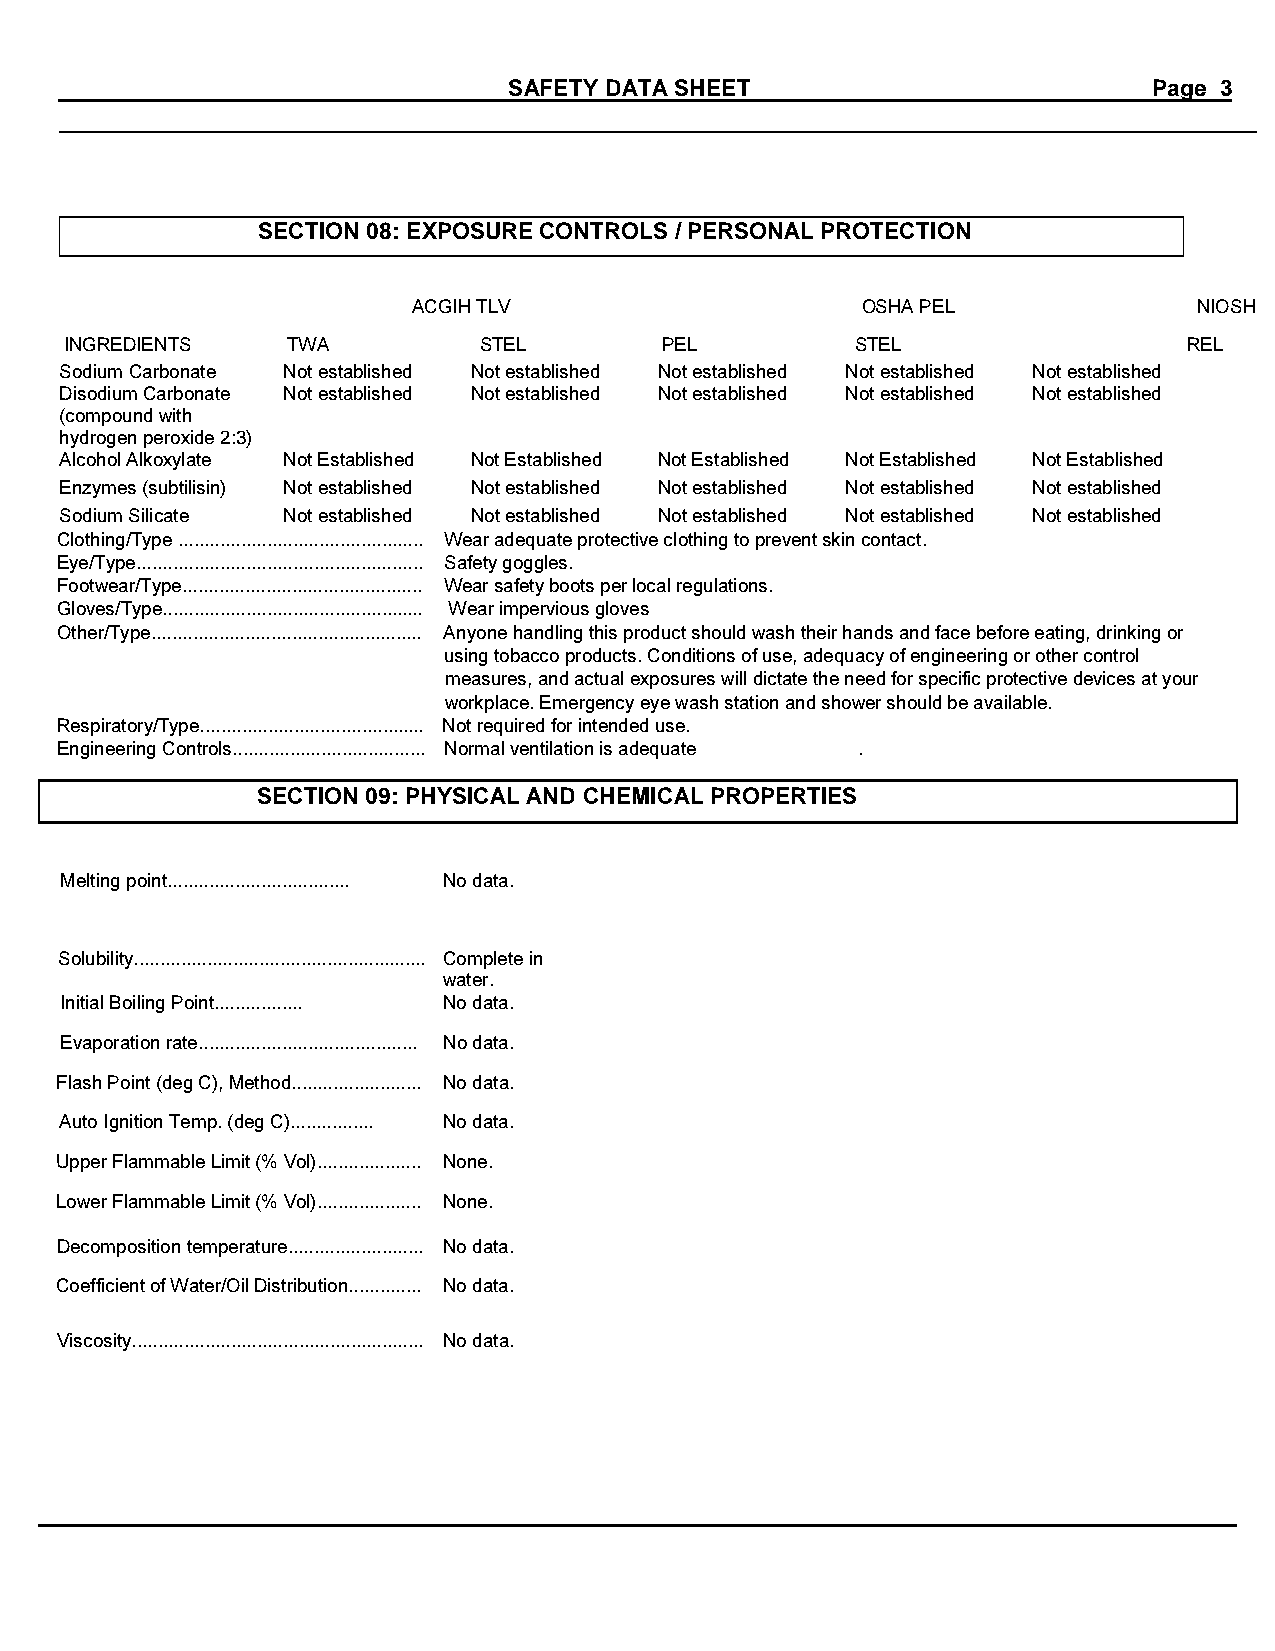
SAFETY DATA SHEET                         Page 3
 SECTION 08: EXPOSURE CONTROLS / PERSONAL PROTECTION
 ACGIH TLV                     OSHA PEL              NIOSH
 INGREDIENTS    TWA          STEL        PEL          STEL                  REL
 Sodium Carbonate Not established Not established Not established Not established Not established
 Disodium Carbonate Not established Not established Not established Not established Not established
 (compound with
 hydrogen peroxide 2:3)
 Alcohol Alkoxylate Not Established Not Established Not Established Not Established Not Established
 Enzymes (subtilisin) Not established Not established Not established Not established Not established
 Sodium Silicate Not established Not established Not established Not established Not established
 Clothing/Type ............................................... Wear adequate protective clothing to prevent skin contact.
 Eye/Type....................................................... Safety goggles.
 Footwear/Type.............................................. Wear safety boots per local regulations.
 Gloves/Type.................................................. Wear impervious gloves
 Other/Type.................................................... Anyone handling this product should wash their hands and face before eating, drinking or
 using tobacco products. Conditions of use, adequacy of engineering or other control
 measures, and actual exposures will dictate the need for specific protective devices at your
 workplace. Emergency eye wash station and shower should be available.
 Respiratory/Type........................................... Not required for intended use.
 Engineering Controls..................................... Normal ventilation is adequate .
 SECTION 09: PHYSICAL AND CHEMICAL PROPERTIES
 Melting point................................... No data.
 Solubility........................................................ Complete in
 water.
 Initial Boiling Point................. No data.
 Evaporation rate.......................................... No data.
 Flash Point (deg C), Method......................... No data.
 Auto Ignition Temp. (deg C)................ No data.
 Upper Flammable Limit (% Vol).................... None.
 Lower Flammable Limit (% Vol).................... None.
 Decomposition temperature.......................... No data.
 Coefficient of Water/Oil Distribution.............. No data.
 Viscosity........................................................ No data.